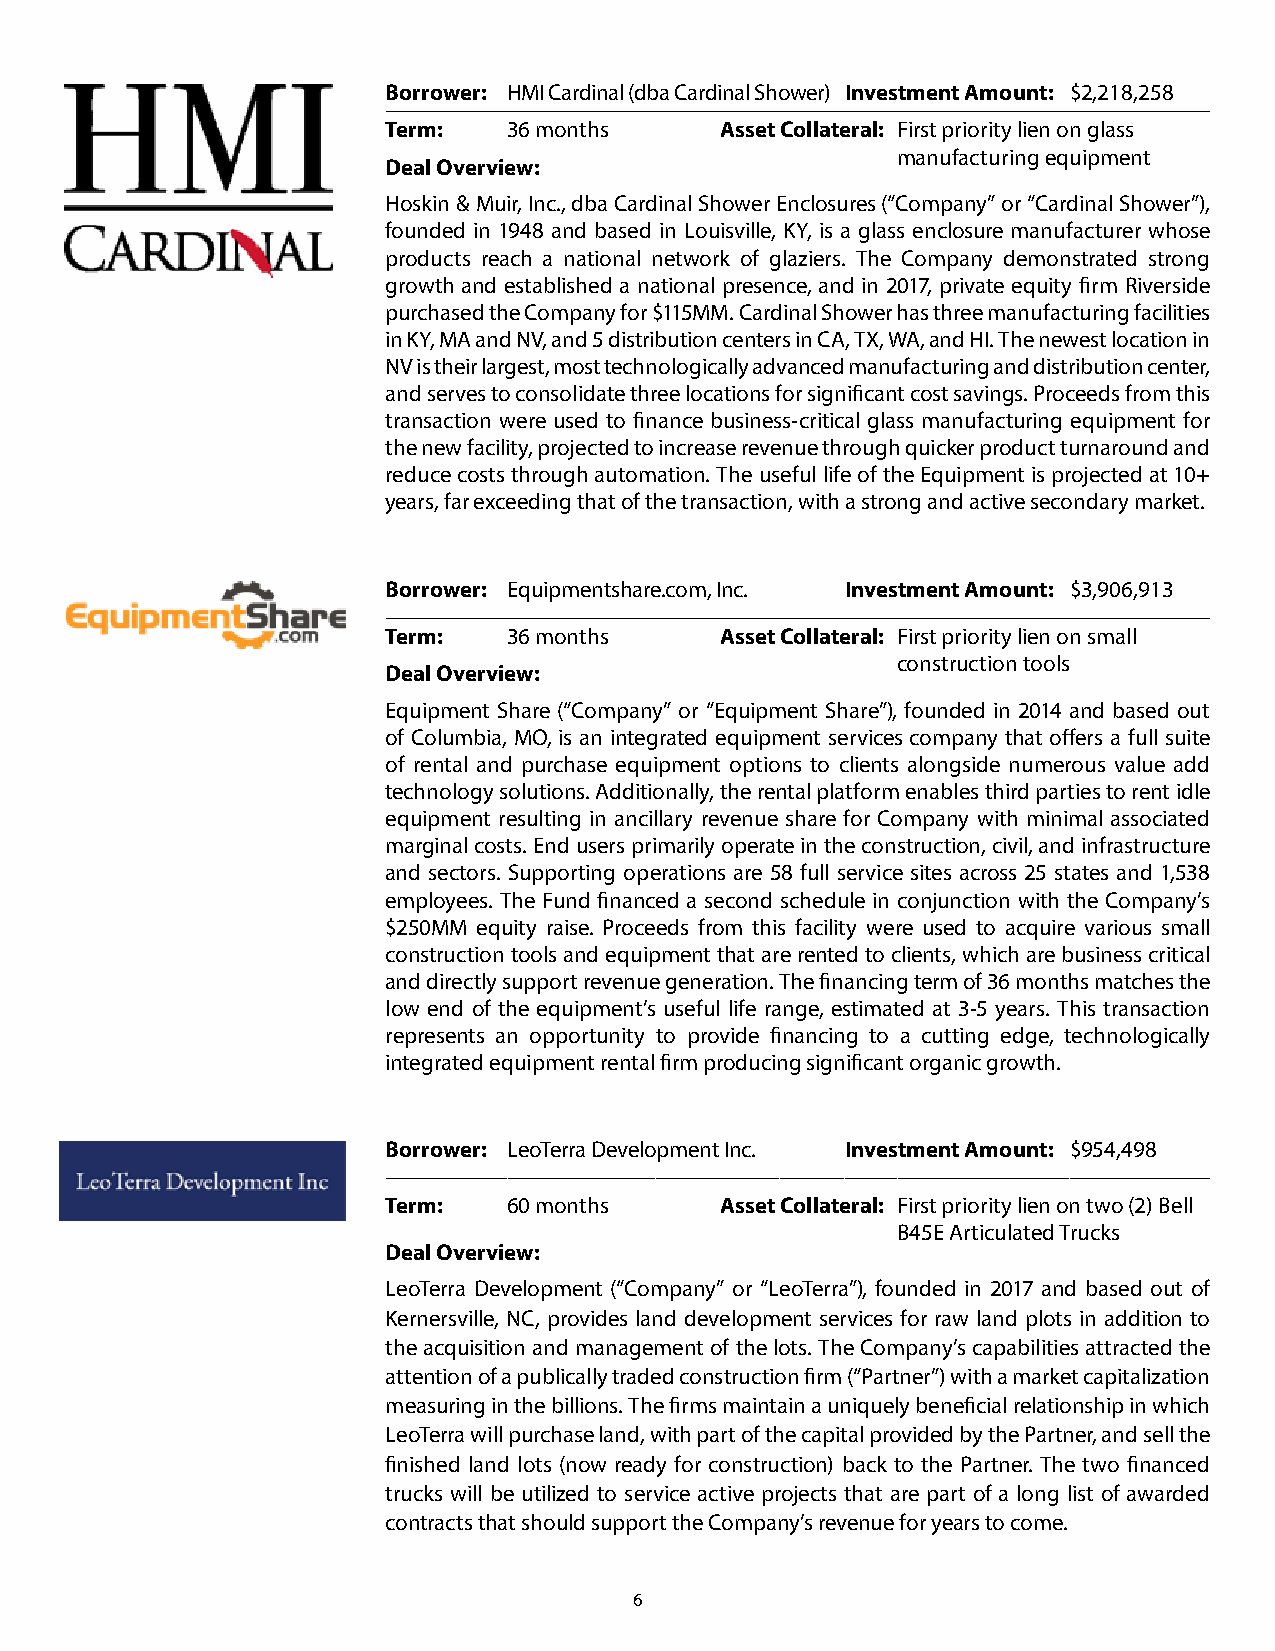
Borrower: HMI Cardinal (dba Cardinal Shower) Investment Amount: $2,218,258
 Term:   36 months     Asset Collateral: First priority lien on glass
 manufacturing equipment
 Deal Overview:
 Hoskin & Muir, Inc., dba Cardinal Shower Enclosures (“Company” or “Cardinal Shower”),
 founded in 1948 and based in Louisville, KY, is a glass enclosure manufacturer whose
 products reach a national network of glaziers. The Company demonstrated strong
 growth and established a national presence, and in 2017, private equity firm Riverside
 purchased the Company for $115MM. Cardinal Shower has three manufacturing facilities
 in KY, MA and NV, and 5 distribution centers in CA, TX, WA, and HI. The newest location in
 NV is their largest, most technologically advanced manufacturing and distribution center,
 and serves to consolidate three locations for significant cost savings. Proceeds from this
 transaction were used to finance business-critical glass manufacturing equipment for
 the new facility, projected to increase revenue through quicker product turnaround and
 reduce costs through automation. The useful life of the Equipment is projected at 10+
 years, far exceeding that of the transaction, with a strong and active secondary market.
 Borrower: Equipmentshare.com, Inc. Investment Amount: $3,906,913
 Term:   36 months     Asset Collateral: First priority lien on small
 construction tools
 Deal Overview:
 Equipment Share (“Company” or “Equipment Share”), founded in 2014 and based out
 of Columbia, MO, is an integrated equipment services company that offers a full suite
 of rental and purchase equipment options to clients alongside numerous value add
 technology solutions. Additionally, the rental platform enables third parties to rent idle
 equipment resulting in ancillary revenue share for Company with minimal associated
 marginal costs. End users primarily operate in the construction, civil, and infrastructure
 and sectors. Supporting operations are 58 full service sites across 25 states and 1,538
 employees. The Fund financed a second schedule in conjunction with the Company’s
 $250MM equity raise. Proceeds from this facility were used to acquire various small
 construction tools and equipment that are rented to clients, which are business critical
 and directly support revenue generation. The financing term of 36 months matches the
 low end of the equipment’s useful life range, estimated at 3-5 years. This transaction
 represents an opportunity to provide financing to a cutting edge, technologically
 integrated equipment rental firm producing significant organic growth.
 Borrower: LeoTerra Development Inc. Investment Amount: $954,498
 Term:   60 months     Asset Collateral: First priority lien on two (2) Bell
 B45E Articulated Trucks
 Deal Overview:
 LeoTerra Development (“Company” or “LeoTerra”), founded in 2017 and based out of
 Kernersville, NC, provides land development services for raw land plots in addition to
 the acquisition and management of the lots. The Company’s capabilities attracted the
 attention of a publically traded construction firm (“Partner”) with a market capitalization
 measuring in the billions. The firms maintain a uniquely beneficial relationship in which
 LeoTerra will purchase land, with part of the capital provided by the Partner, and sell the
 finished land lots (now ready for construction) back to the Partner. The two financed
 trucks will be utilized to service active projects that are part of a long list of awarded
 contracts that should support the Company’s revenue for years to come.
 6